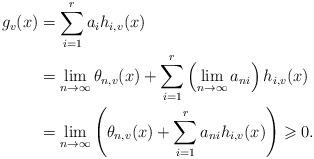
LaTeX: \begin{align*}g_v(x) & = \sum_{i=1}^r a_{i} h_{i, v}(x) \\& = \lim_{n\to\infty} \theta_{n,v}(x) + \sum_{i=1}^r \left( \lim_{n\to\infty} a_{ni} \right) h_{i,v}(x) \\& = \lim_{n\to\infty}\left( \theta_{n,v}(x) + \sum_{i=1}^r a_{ni} h_{i,v}(x) \right) \geqslant 0.\end{align*}